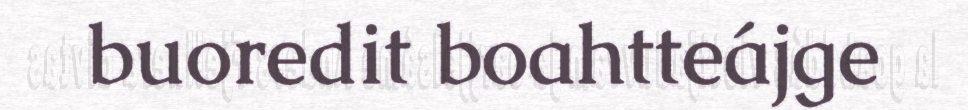
buoredit boahtteájge